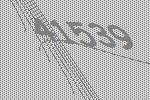
41539